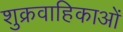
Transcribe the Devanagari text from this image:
शुक्रवाहिकाओं